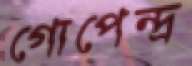
গোপেন্দ্র